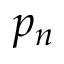
p _ { n }